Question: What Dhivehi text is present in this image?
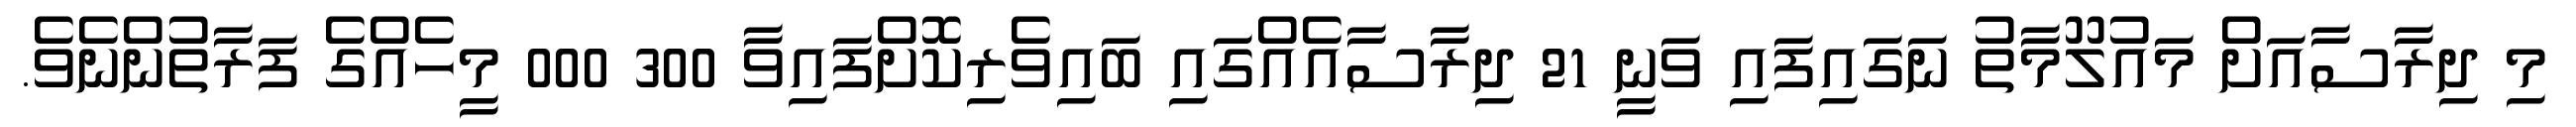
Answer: މި ދިރާސާއަށް މައުލޫމާތު ނަގައިފައި ވަނީ 21 ދިރާސާއެއްގައި ބައިވެރިކޮށްފައިވާ 300 000 މީހެއްގެ ފަރާތުންނެވެ.